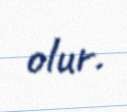
olur.